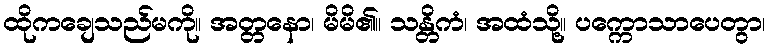
ထိုကချေသည်မကို။ အတ္တနော၊ မိမိ၏။ သန္တိကံ၊ အထံသို့။ ပက္ကောသာပေတွာ၊